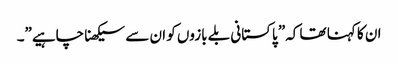
ان کا کہنا تھا کہ” پاکستانی بلے بازوں کو ان سے سیکھنا چاہیے”۔